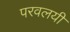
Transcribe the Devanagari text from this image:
परवलयी